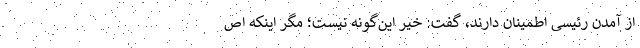
از آمدن رئیسی اطمینان دارند، گفت: خیر این‌گونه نیست؛ مگر اینکه اص